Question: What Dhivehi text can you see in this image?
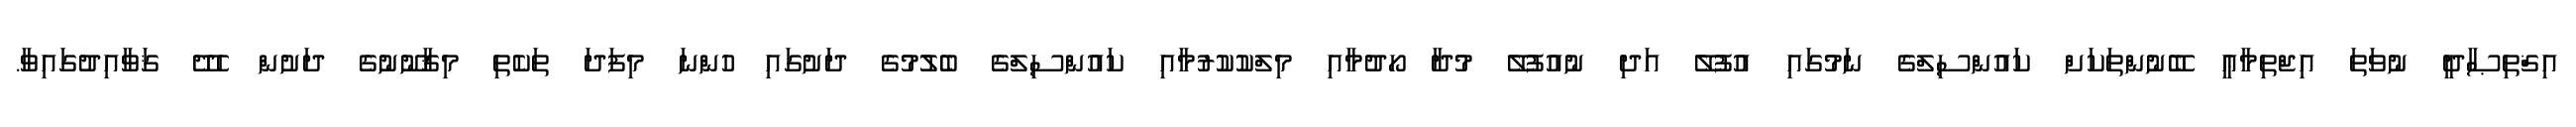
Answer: އިޤްތިޞާދީ ނުވަތަ އިޖްތިމާޢީ ބޭނުންތަކަށް ކައުންސިލްގެ ނަމުގައި އުފުލޭ އަދި ނުއުފުލޭ މުދާ ހޯދުމާއި މިލްކުކުރުމާއި ކައުންސިލްގެ ބެލުމުގެ ދަށުގައި ހުންނަ މިފަދަ ތަކެތި މިޤާނޫނުގެ ދަށުން ހެދޭ ޤަވާއިދުގައިވާ.